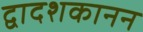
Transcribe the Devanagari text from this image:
द्वादशकानन